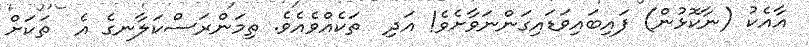
އާއެކު (ނާކޮޅުން) ފައިބައިވަޑައިގަންނަވާށެވެ! އަދި  ތަކެއްވެއެވެ. ތިމަންރަސްކަލާނގެ އެ  ތަކަށް